Plague in India, 1896, 1897 - Volume 2
Year: 1896
Disease focus: Plague
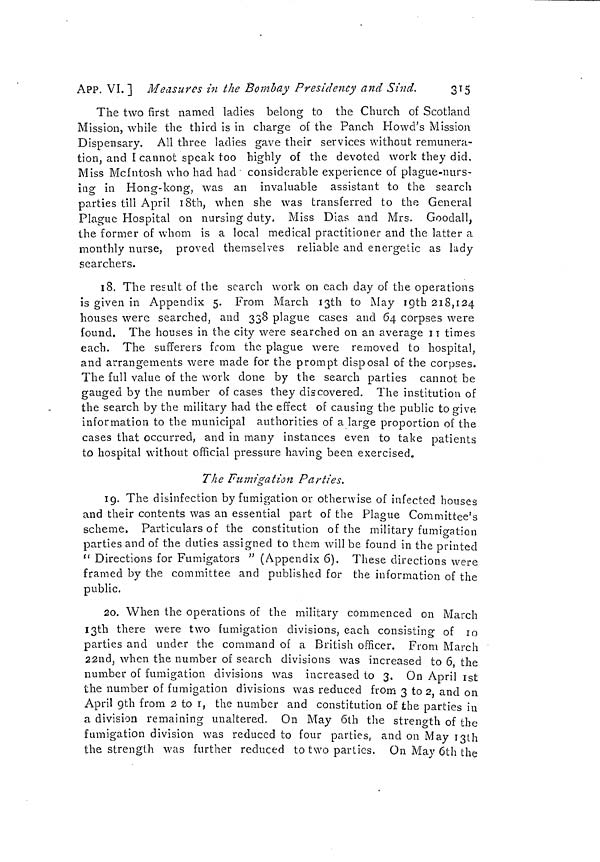
APP. VI. 1 Measures in the Bombay Presidency and Sind.
315
The two first named ladies belong to the Church of Scotland
Mission, while the third is in charge of the Panch Howd's Mission
Dispensary. All three ladies gave their services without remunera-
tion, and I cannot speak too highly of the devoted work they did.
Miss Mcfntosh who had had considerable experience of plague-nurs-
ing in Hong-kong, was an invaluable assistant to the search
parties till April 18th, when she was transferred to the General
Plague Hospital on nursing duty. Miss Dias and Mrs. Goodall,
the former of whom is a local medical practitioner and the latter a
monthly nurse, proved themselves reliable and energetic as lady
searchers.
18. The result of the search work on each day of the operations
is given in Appendix 5. From March 13th to May 19th 218,124
houses were searched, and 338 plague cases and 64 corpses were
found. The houses in the city were searched on an average 11 times
each. The sufferers from the plague were removed to hospital,
and arrangements were made for the prompt disposal of the corpses.
The full value of the work done by the search parties cannot be
gauged by the number of cases they discovered. The institution of
the search by the military had the effect of causing the public to give
information to the municipal authorities of a large proportion of the
cases that occurred, and in many instances even to take patients
to hospital without official pressure having been exercised.
The Fumigation Parties.
19. The disinfection by fumigation or otherwise of infected houses
and their contents was an essential part of the Plague Committee's
scheme, Particulars of the constitution of the military fumicration
parties and of the duties assigned to them will be found in the printed
" Directions for Fumigators " (Appendix 6). These directions were
framed by the committee and published for the information of the
public.
20, When the operations of the military commenced on March
13th there were two fumigation divisions, each consisting of 10
parties and under the command of a British officer. From March
2.2nd, when the number of search divisions was increased to 6 the
number of fumigation divisions was increased to 3. On April 1st
the number of fumigation divisions was reduced from 3 to 2 and on
April 9th from 2 to 1, the number and constitution of the parties in
a division remaining unaltered. On May 6lh the strength of the
fumigation division was reduced to four parties, and on May 13th
the strength was further reduced to two parties. On May 6th the